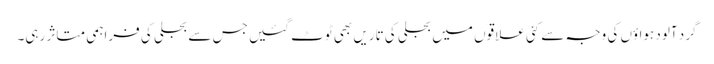
گرد آلود ہواؤں کی وجہ سے کئی علاقوں میں بجلی کی تاریں بھی ٹوٹ گئیں جس سے بجلی کی فراہمی متاثر رہی۔